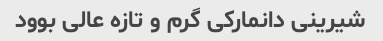
شیرینی دانمارکی گرم و تازه عالی بوود